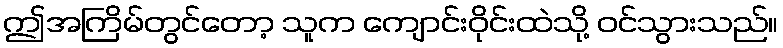
ဤအကြိမ်တွင်တော့ သူက ကျောင်းဝိုင်းထဲသို့ ဝင်သွားသည်။